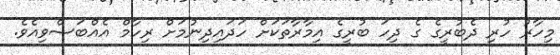
މިހާރު ހުރި ދެބުރީގެ ގެ ދިހަ ބުރީގެ އިމާރާތަކަށް ހަދައިދިނުމަށް ރިހާމް އެއްބަސްވިއެވެ.